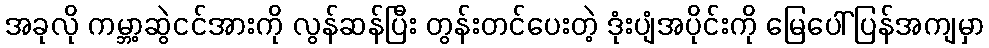
အခုလို ကမ္ဘာ့ဆွဲငင်အားကို လွန်ဆန်ပြီး တွန်းတင်ပေးတဲ့ ဒုံးပျံအပိုင်းကို မြေပေါ်ပြန်အကျမှာ